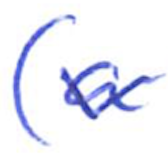
Text: (a
Cross-out: mix
Writing tool: ballpoint